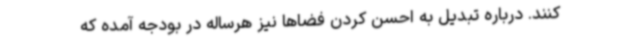
کنند. درباره تبدیل به احسن کردن فضاها نیز هرساله در بودجه آمده که